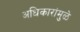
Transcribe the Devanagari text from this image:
अधिकारांमुळे